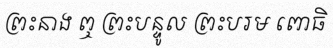
ព្រះនាង ឮ ព្រះបន្ទូល ព្រះបរម ពោធិ